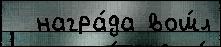
  награ́да вош́л